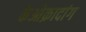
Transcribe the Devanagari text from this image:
केओक्रादांग